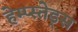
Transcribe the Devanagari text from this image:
हेम्प्स्तेड्स